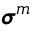
\pmb { \sigma } ^ { m }